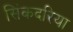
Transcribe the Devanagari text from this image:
सिंकदरिया